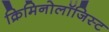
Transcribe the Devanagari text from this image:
क्रिमिनोलॉजिस्ट